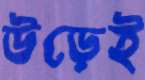
উড়েই